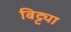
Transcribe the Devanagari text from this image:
बिट्ट्या